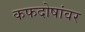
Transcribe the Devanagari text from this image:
कफदोषांवर